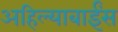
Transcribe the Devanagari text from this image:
अहिल्याबाईंस